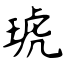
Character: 琥